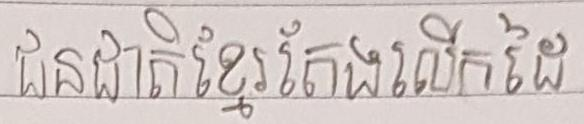
ជនជាតិខ្មែរតែងលើកដៃ